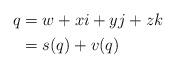
LaTeX: \begin{align*} \begin{alignedat}{3}q &= w + xi + yj + zk\\&= s(q) + v(q)\end{alignedat}\end{align*}